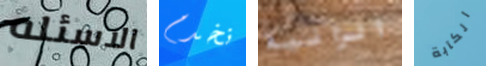
الاسئله نخدم الزانية الكآبة